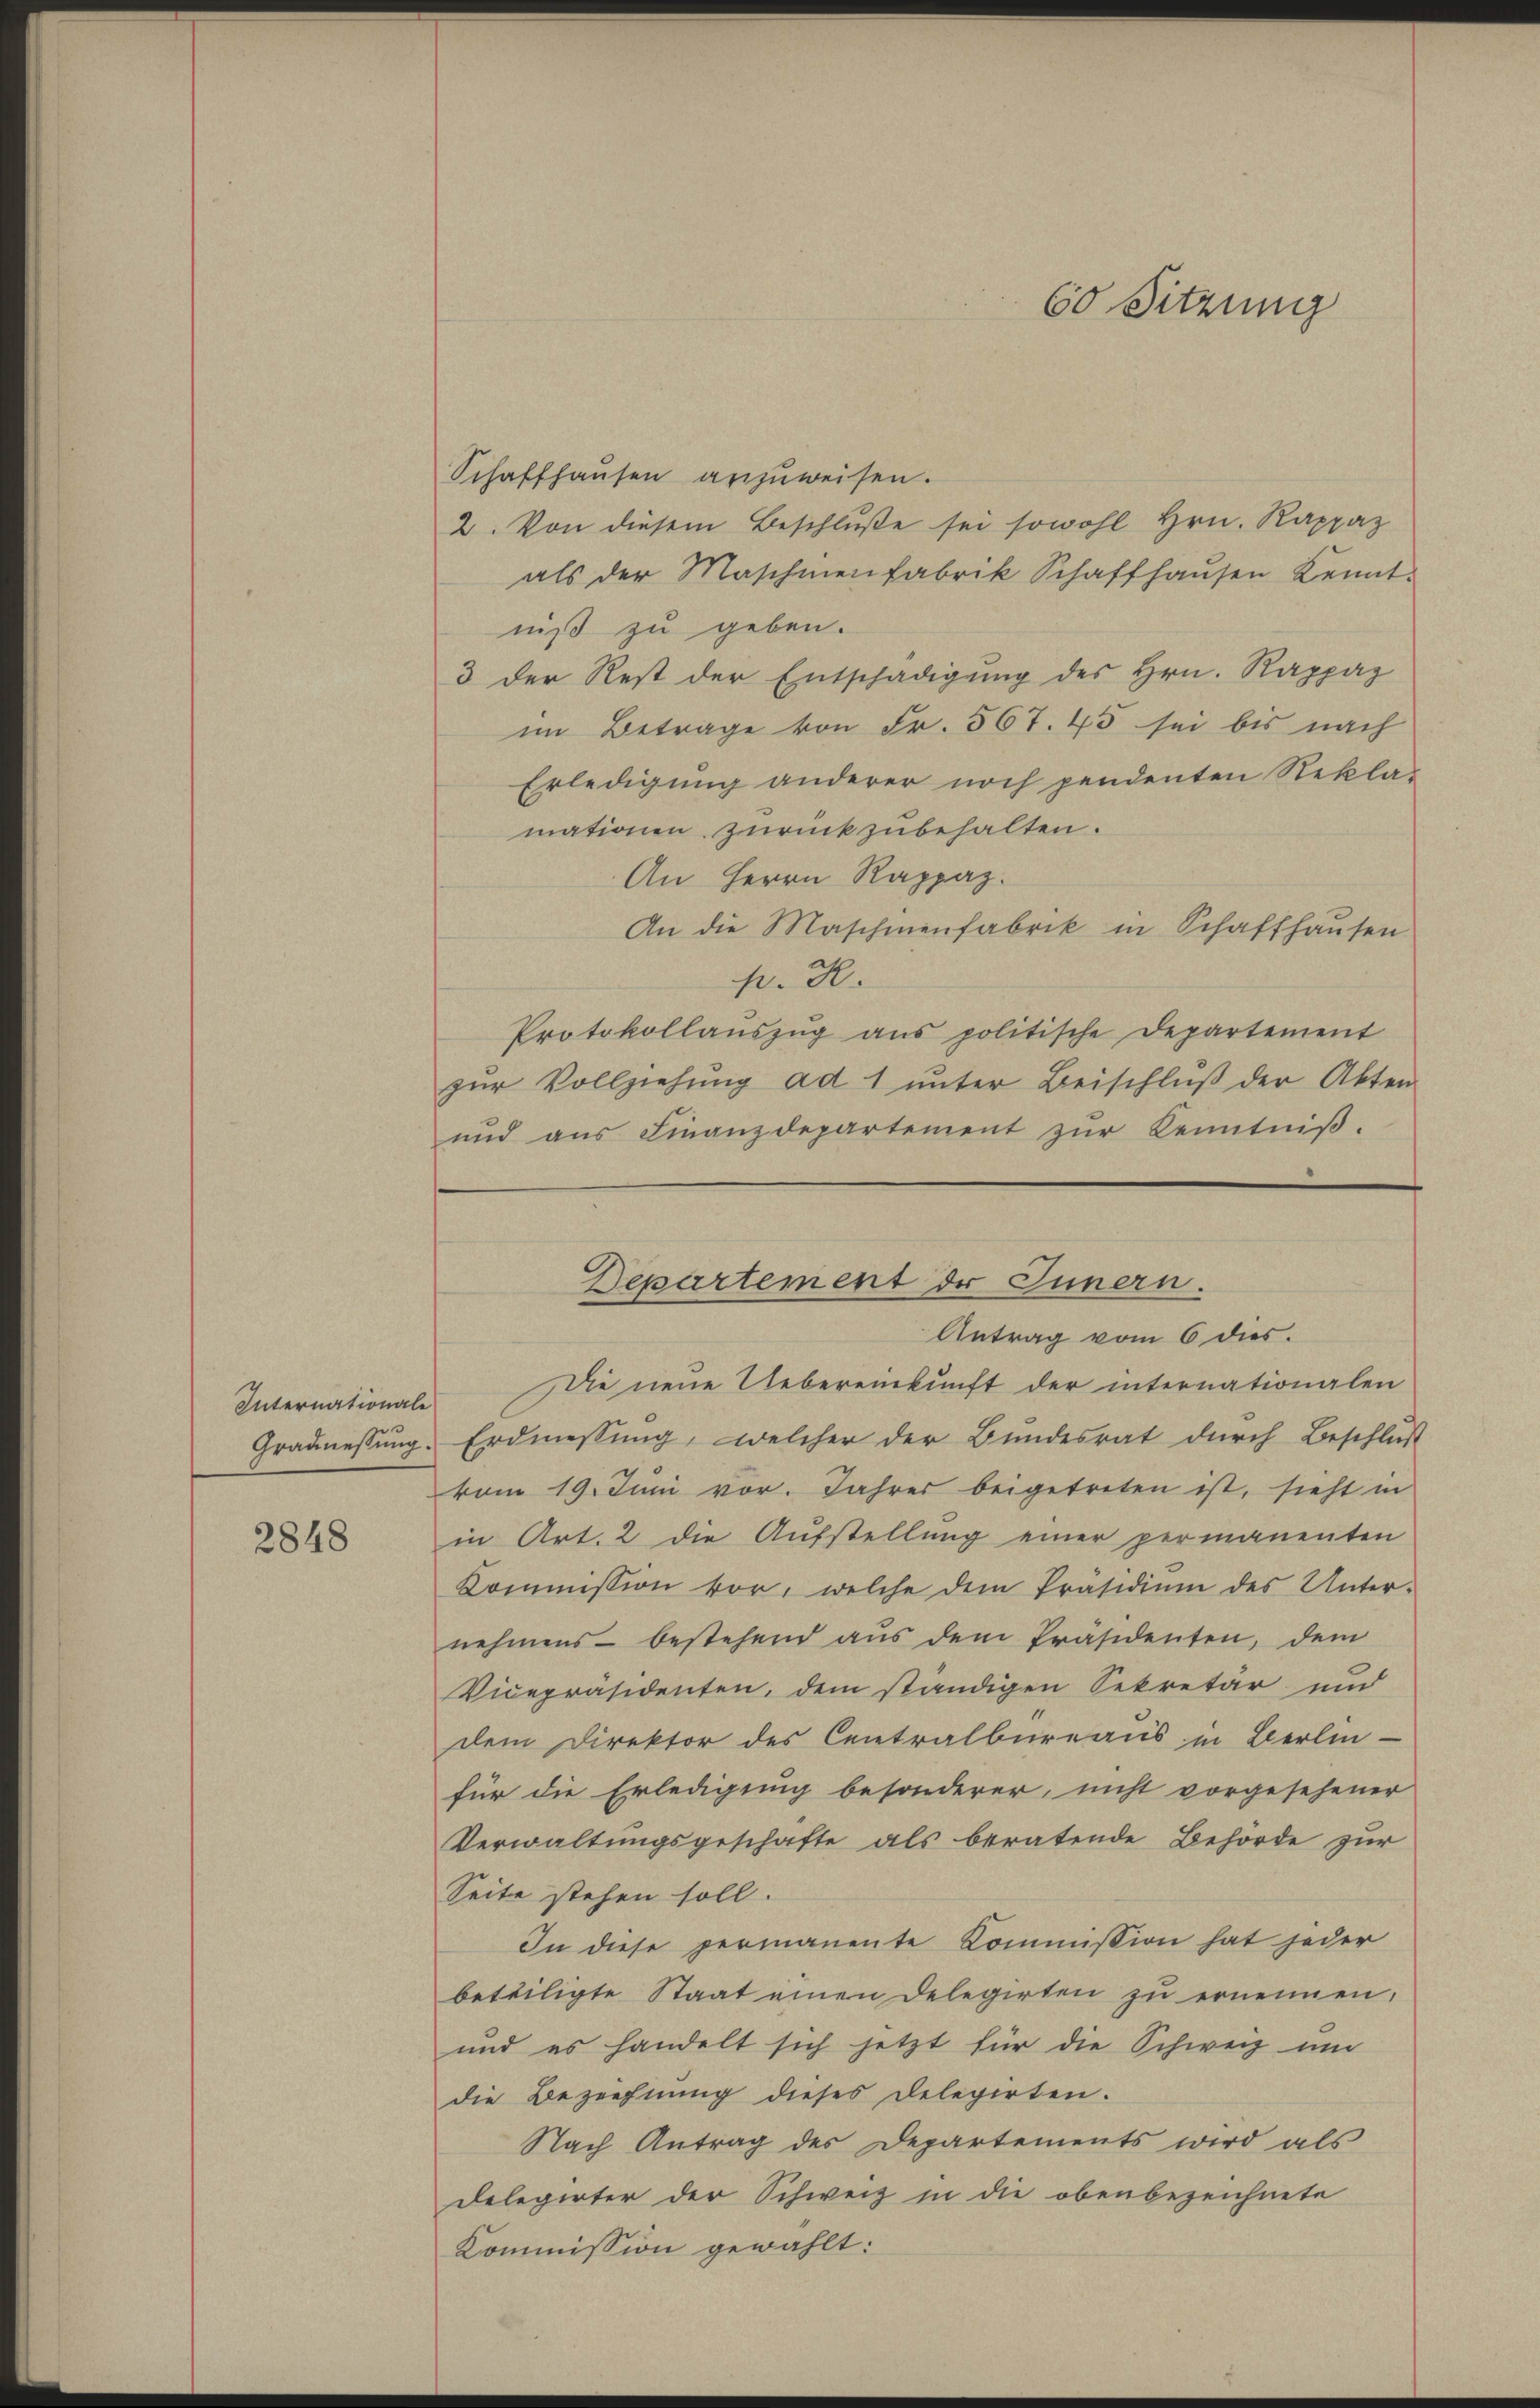
2848

60 Sitzung

Schaffhaŭsen anzŭweisen.
2. Von diesem Beschlŭβe sei sowohl hrn. Rappaz
als der Maschinenfabrik Schaffhaŭsen Kennt-
niß zu geben.
3 der Rest der Entschädigŭng des Hrn. Rappaz
im Betrage von Fr. 567. 45 sei bis nach
Erledigung anderer noch pendenten Rekla-
mationen zurückzubehalten.
An Herrn Rappaz.
An die Maschinenfabrik in Schaffhaŭsen
p. R.
Protokollaŭszŭg ans politische Departement
zŭr Vollziehŭng ad 1 ŭnter Beischlŭβ der Akten
und aŭs Finanzdepartement zŭr Kenntniβ.

Antrag vom 6 dies.
Internationale die neue Uebereinkunft der internationalen
Gradmessung. Erdmessung, welcher der Bundesrat durch Beschlus
vom 19. Juni vor. Jahres beigetreten ist, sieht in
in Art. 2 die Aufstellung einer permanenten
Kommission vor, welche dem Präsidium des Unter-
nehmens bestehend aus dem Präsidenten, dem
Vicepräsidenten, dem ständigen Sekretär und
dem Direktor des Centralbureaus in Berlin-
für die Erledigung besonderer, nicht vorgesehener
Verwaltungsgeschäfte als beratende Behörde zur
Seite stehen soll.
In diese permanente Kommission hat jeder
beteiligte Staat einen Delegirten zu ernennen,
und es handelt sich jetzt für die Schweiz um
die Beziehnŭng dieses Delegirten.
Nach Antrag des Departements wird als
Delegirter der Schweiz in die obenbezeichnete
Kommission gewählt:

Departement der Innern.